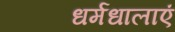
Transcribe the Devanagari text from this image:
धर्मधालाएं